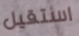
استقيل